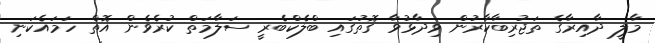
މާލީ ދާއިރާގެ ތަޖުރިބާކާރުން ވިދާޅުވާ ގޮތުގައި ބްލެކްބެރީ ސަލާމަތް ކުރެވެން އޮތް ހަމައެކަނި